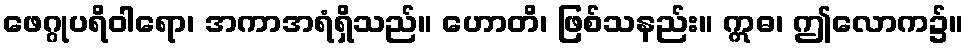
ဖေဂ္ဂုပရိဝါရော၊ အကာအရံရှိသည်။ ဟောတိ၊ ဖြစ်သနည်း။ ဣဓ၊ ဤလောက၌။